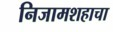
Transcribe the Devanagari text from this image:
निजामशहाचा